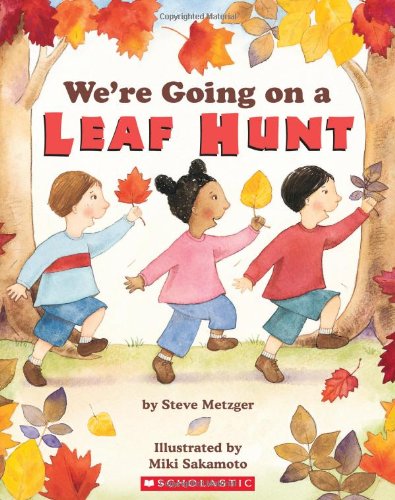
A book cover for We're Going on a Leaf Hunt; Steve Metzger; Children's Books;